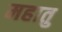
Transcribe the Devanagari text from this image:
महातु